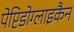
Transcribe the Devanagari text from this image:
पेप्टिडोग्लाइकैन